Mental hospitals Bombay report 1929-33 - 1929-1933
Year: 1929
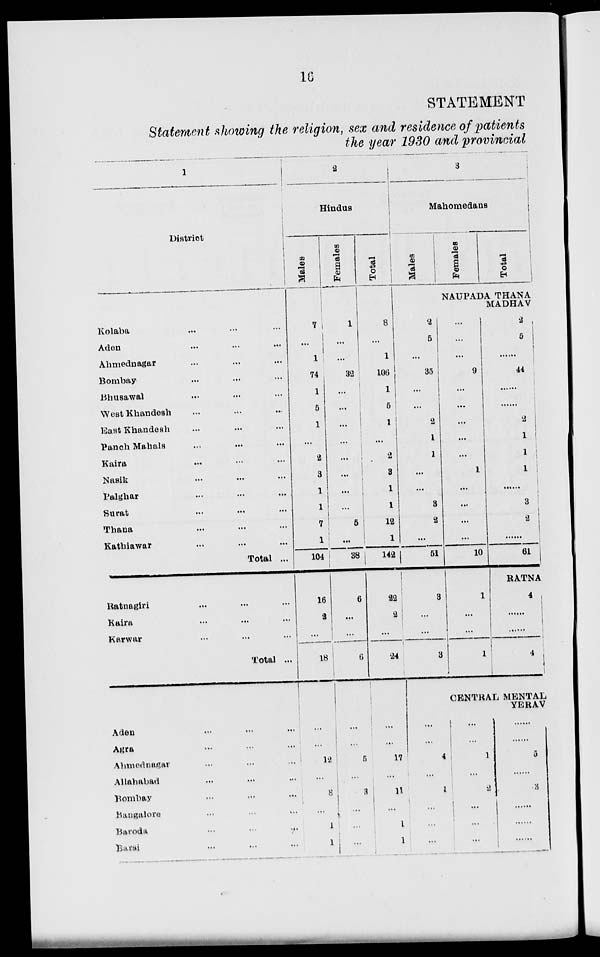
16
STATEMENT
Statement showing the religion, sex and residence of patients
the year 1930 and provincial
1
District
Kolaba ... ... ...
Aden ... ... ...
Ahmednagar ... ... ...
Bombay ... ... ...
Bhusawal ... ... ...
West Khandesh ... ... ...
East Khandesh ... ... ...
Panch Mahals ... ... ...
Kaira ... ... ...
Nasik ... ... ...
Palghar ... ... ...
Surat ... ... ...
Thana ... ... ...
Kathiawar ... ... ...
Total ...
Ratnagiri ... ... ...
Kaira ... ... ...
Karwar ... ... ...
Total ...
Aden ... ... ...
Agra ... ... ...
Ahmednagar ... ... ...
Allahabad ... ... ...
Bombay ... ... ...
Bangalore ... ... ...
Baroda ... ... ...
Barsi ... ... ...
2
Hindus
Males
7
...
1
74
1
5
1
...
2
3
1
1
7
1
104
16
2
...
18
...
...
12
...
8
...
1
1
Females
1
...
...
32
...
...
...
...
...
...
...
...
5
...
38
6
...
...
6
...
...
5
...
3
...
...
...
Total
8
...
1
100
1
5
1
...
2
3
1
1
12
1
142
22
2
...
24
...
...
17
...
11
...
1
1
3
Mahomedans
Males
Females
Total
NAUPADA THANA
MADHAV
2
5
...
35
...
...
2
1
1
...
...
3
2
...
51
3
...
3
...
...
...
9
...
...
...
...
...
1
...
...
...
...
10
1
...
...
1
2
5
......
44
......
......
2
1
1
1
3
2
61
RATNA
4
......
......
4
CENTRAL MENTAL
YERAV
...
...
4
...
1
...
...
...
...
...
1
...
2
...
...
...
......
......
5
...
3
......
......
......